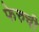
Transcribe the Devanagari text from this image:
फेरुची